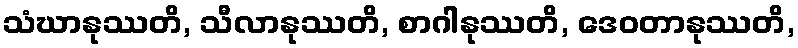
သံဃာနုဿတိ, သီလာနုဿတိ, စာဂါနုဿတိ, ဒေဝတာနုဿတိ,